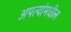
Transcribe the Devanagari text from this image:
अपत्यांमधील